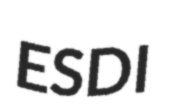
ESDI